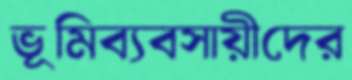
ভূমিব্যবসায়ীদের